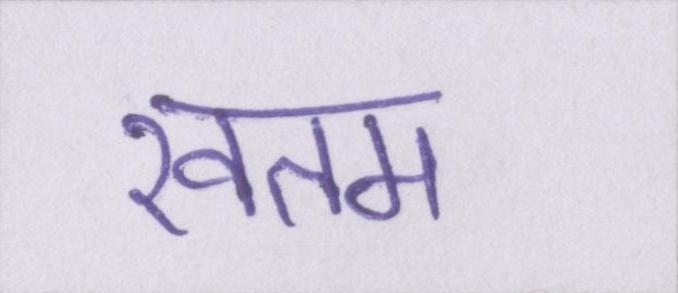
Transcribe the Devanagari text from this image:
खतम